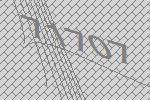
71707